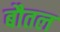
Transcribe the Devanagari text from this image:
बौतल